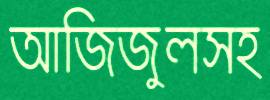
আজিজুলসহ